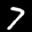
Label: 7